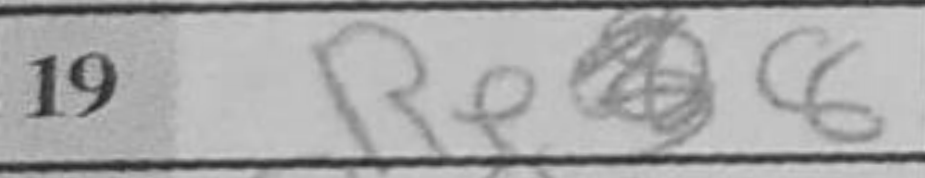
Transcription: Rec6